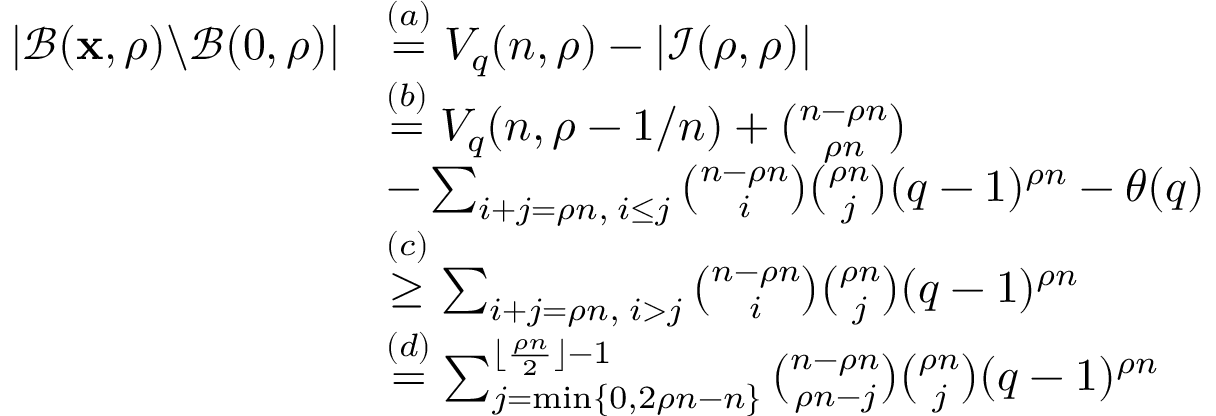
\begin{array} { r l } { | \mathcal { B } ( \mathbf { x } , \rho ) \backslash { \mathcal { B } ( 0 , \rho ) } | } & { \overset { ( a ) } { = } V _ { q } ( n , \rho ) - | \mathcal { I } ( \rho , \rho ) | } \\ & { \overset { ( b ) } { = } V _ { q } ( n , \rho - 1 / n ) + { \binom { n - \rho n } { \rho n } } } \\ & { - \sum _ { i + j = \rho n , \; i \leq j } { \binom { n - \rho n } { i } } { \binom { \rho n } { j } } ( q - 1 ) ^ { \rho n } - \theta ( q ) } \\ & { \overset { ( c ) } { \geq } \sum _ { i + j = \rho n , \; i > j } { \binom { n - \rho n } { i } } { \binom { \rho n } { j } } ( q - 1 ) ^ { \rho n } } \\ & { \overset { ( d ) } { = } \sum _ { j = \operatorname* { m i n } \{ 0 , 2 \rho n - n \} } ^ { \lfloor \frac { \rho n } { 2 } \rfloor - 1 } { \binom { n - \rho n } { \rho n - j } } { \binom { \rho n } { j } } ( q - 1 ) ^ { \rho n } } \end{array}